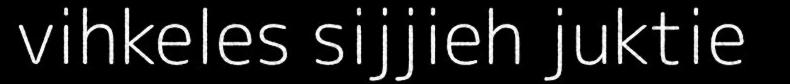
vihkeles sijjieh juktie